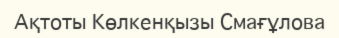
Ақтоты Көлкенқызы Смағұлова